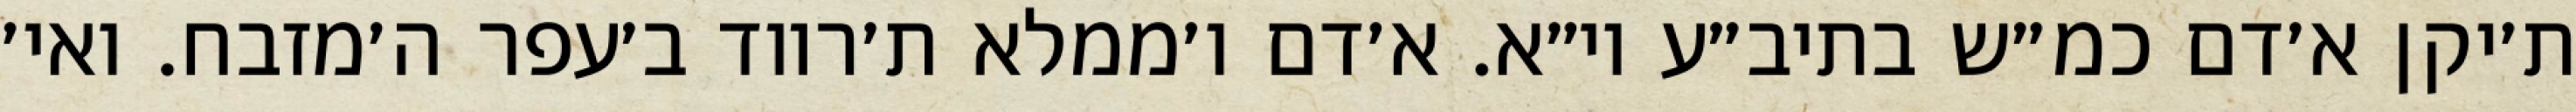
ת׳יקן א׳דם כמ״ש בתיב״ע וי״א. א׳דם ו׳ממלא ת׳רווד ב׳עפר ה׳מזבח. ואי׳